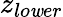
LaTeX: z_{lo\mathit{w}er}